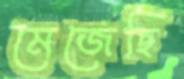
মেজেছি